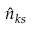
\hat { n } _ { k s }